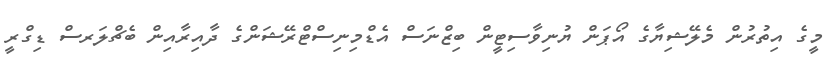
މީގެ އިތުރުން މެލޭޝިޔާގެ އޯޕަން ޔުނިވާސިޓީން ބިޒްނަސް އެޑްމިނިސްޓްރޭޝަންގެ ދާއިރާއިން ބެޗްލަރސް ޑިގްރީ